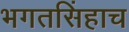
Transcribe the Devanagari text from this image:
भगतसिंहाच